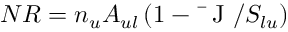
N R = n _ { u } A _ { u l } \left( 1 - \mathrm { ~ \bar { ~ } J ~ } / S _ { l u } \right)